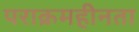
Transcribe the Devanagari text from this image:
पराक्रमहीनता